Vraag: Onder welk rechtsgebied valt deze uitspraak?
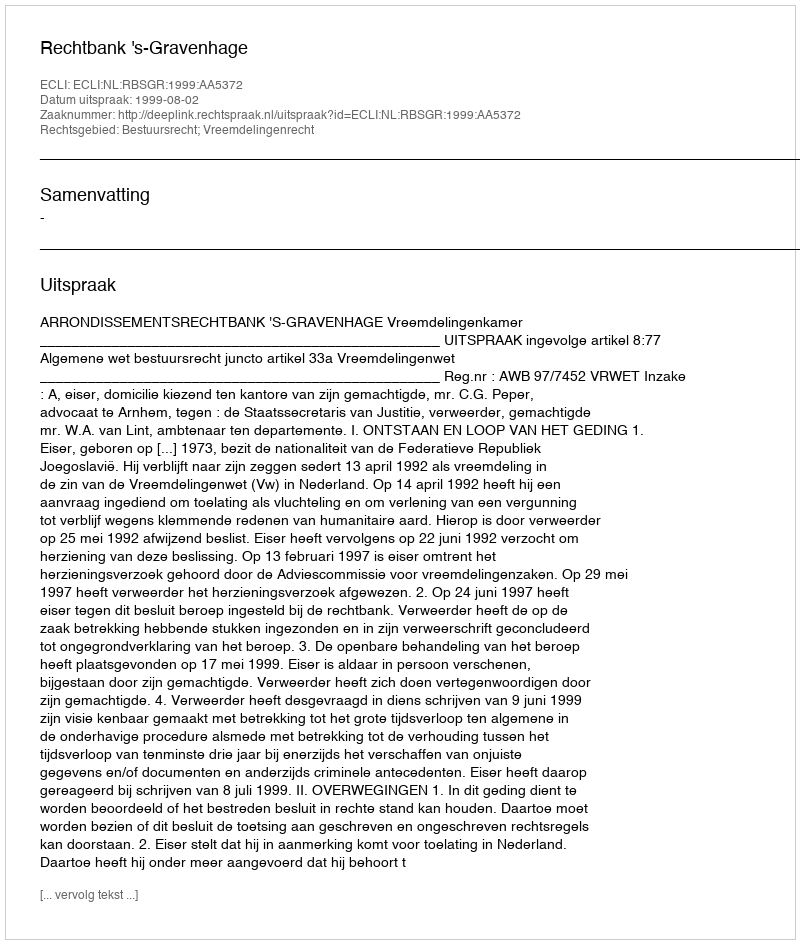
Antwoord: Bestuursrecht; Vreemdelingenrecht